Indian journal of veterinary science and animal husbandry - Volumes 26-27, 1956-1957
Year: 1956
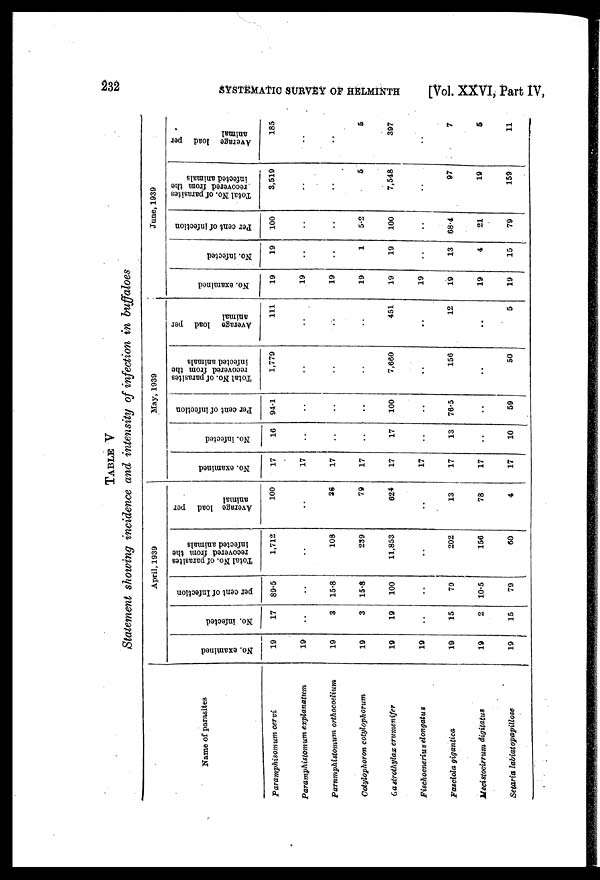
232
SYSTEMATIC SURVEY OF HELMINTH
[Vol. XXVI, Part IV,
TABLE V
Statement showing incidence and intensity of infection in buffaloes
Name of parasites
Paramphisomum cervi
Paramphistomum
explanatum
Parnmphistomum orthocoelium
Cotylophoron cotylophorum
Gastrothylax crumenifer
Fischoenerius elongatus
Fasciola gigantica
Mecistocirrum digitatus
Setaria labiatopapillose
April, 1939
No. examined
19
19
19
19
19
19
19
19
19
No. infected
17
..
3
3
19
..
15
2
15
per cent of Infection
89.5
..
15.8
15.8
100
..
79
10.5
79
Total No. of parasites
recovered from the
infected animals
1,712
..
108
239
11,853
..
202
156
60
Average load per
animal
100
..
36
79
624
..
13
78
4
May, 1939
No. examined
17
17
17
17
17
17
17
17
17
No. infected
16
..
..
..
17
..
13
..
10
Per cent of Infection
94.1
..
..
..
100
..
76.5
..
59
Total No. of parasites
recovered from the
infected animals
1,779
..
..
..
7,660
..
156
..
50
Average load per
animal
111
..
..
..
451
..
12
..
5
June, 1939
No. examined
19
19
19
19
19
19
19
19
19
No. infected
19
..
..
1
19
..
13
4
15
Per cent of infection
100
..
..
5.2
100
..
68.4
21
79
Total No. of parasites
recovered from the
infected animals
3,519
..
..
5
7,548
..
97
19
159
Average load per
animal
185
..
..
5
397
..
7
5
11